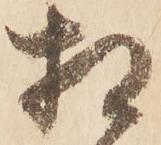
相